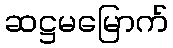
ဆဋ္ဌမမြောက်